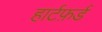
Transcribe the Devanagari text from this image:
हार्टफ़र्ड